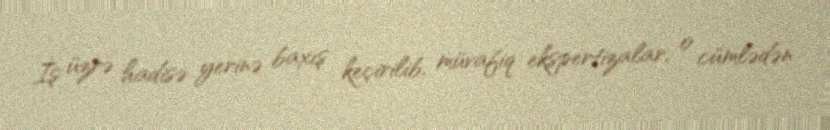
İş üzrə hadisə yerinə baxış keçirilib, müvafiq ekspertizalar, o cümlədən